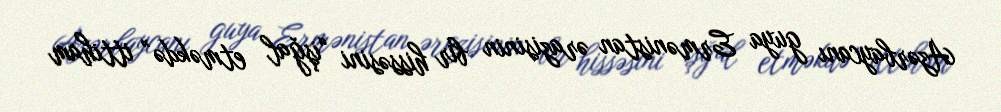
Azərbaycanı guya Ermənistan ərazisinin bir hissəsini “işğal etməkdə” ittiham